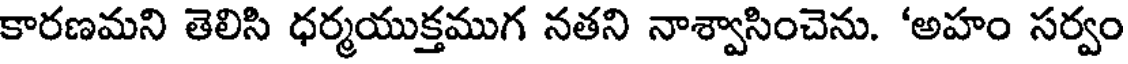
కారణమని తెలిసి ధర్మయుక్తముగ నతని నాశ్వాసించెను. 'అహం సర్వం